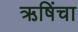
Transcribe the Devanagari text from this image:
ऋषिंचा